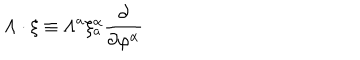
\Lambda \cdot \xi \equiv \Lambda ^ { a } \xi _ { a } ^ { \alpha } \frac { \partial } { \partial \varphi ^ { \alpha } }